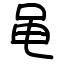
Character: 黾